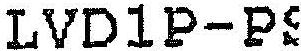
LVD1P-PS